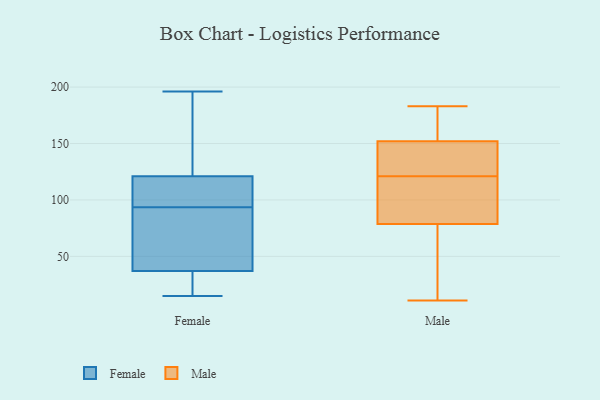
{"axis": {"x": "Page Views", "y": "Value"}, "legend": ["Female", "Male"], "data": [{"x": "", "y": 169, "type": "Female"}, {"x": "", "y": 102, "type": "Female"}, {"x": "", "y": 37, "type": "Female"}, {"x": "", "y": 55, "type": "Female"}, {"x": "", "y": 124, "type": "Female"}, {"x": "", "y": 38, "type": "Female"}, {"x": "", "y": 111, "type": "Female"}, {"x": "", "y": 18, "type": "Female"}, {"x": "", "y": 196, "type": "Female"}, {"x": "", "y": 108, "type": "Female"}, {"x": "", "y": 85, "type": "Female"}, {"x": "", "y": 15, "type": "Female"}, {"x": "", "y": 26, "type": "Female"}, {"x": "", "y": 121, "type": "Female"}, {"x": "", "y": 183, "type": "Male"}, {"x": "", "y": 121, "type": "Male"}, {"x": "", "y": 164, "type": "Male"}, {"x": "", "y": 127, "type": "Male"}, {"x": "", "y": 112, "type": "Male"}, {"x": "", "y": 63, "type": "Male"}, {"x": "", "y": 146, "type": "Male"}, {"x": "", "y": 148, "type": "Male"}, {"x": "", "y": 115, "type": "Male"}, {"x": "", "y": 11, "type": "Male"}, {"x": "", "y": 166, "type": "Male"}, {"x": "", "y": 84, "type": "Male"}, {"x": "", "y": 178, "type": "Male"}, {"x": "", "y": 116, "type": "Male"}, {"x": "", "y": 53, "type": "Male"}, {"x": "", "y": 141, "type": "Male"}, {"x": "", "y": 46, "type": "Male"}]}